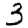
Digit: 3